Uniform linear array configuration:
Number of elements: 64
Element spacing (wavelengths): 1
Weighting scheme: kaiser
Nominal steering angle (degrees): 15
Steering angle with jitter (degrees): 15.996
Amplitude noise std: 0.05
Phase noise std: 0.05

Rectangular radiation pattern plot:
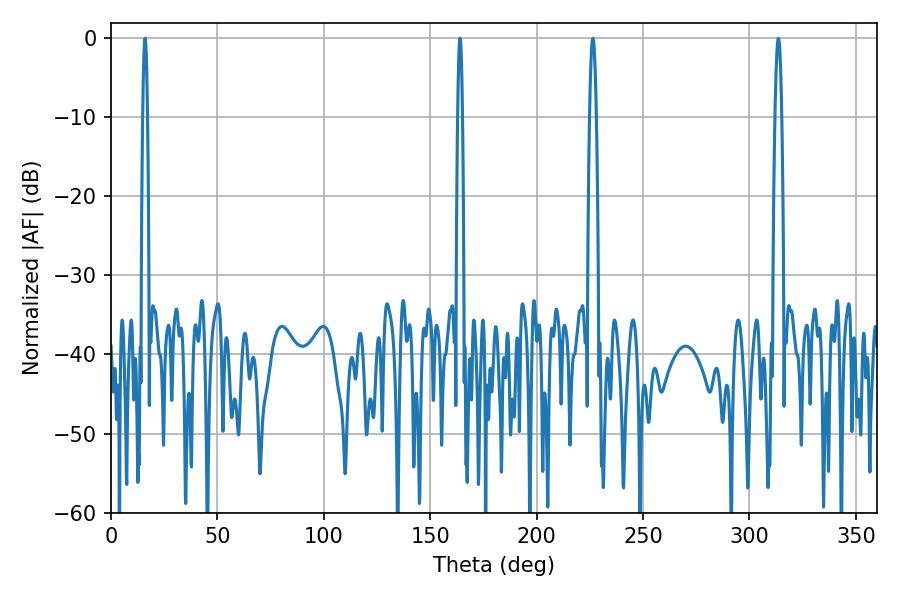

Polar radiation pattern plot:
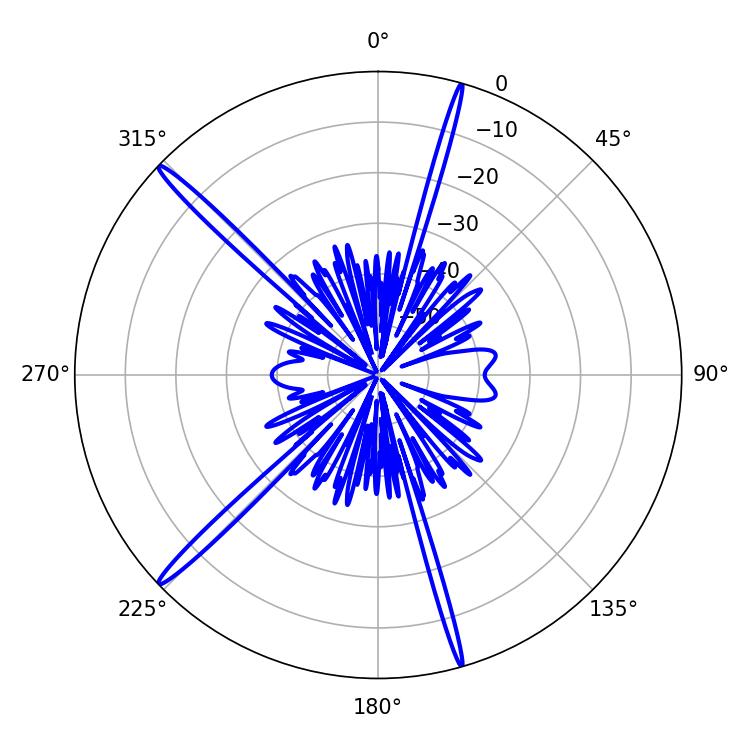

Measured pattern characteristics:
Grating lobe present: TRUE
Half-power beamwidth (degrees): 1.8
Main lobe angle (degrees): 313.56